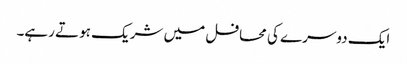
ایک دوسرے کی محافل میں شریک ہوتے رہے۔